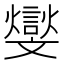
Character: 𣁧